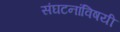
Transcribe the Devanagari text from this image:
संघटनांविषयी